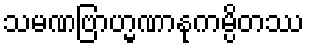
သမဏဗြာဟ္မဏာနုကမ္ပိတဿ